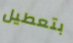
بتعطيل